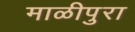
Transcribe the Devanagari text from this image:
माळीपुरा